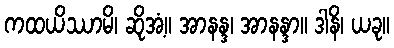
ကထယိဿာမိ၊ ဆိုအံ့။ အာနန္ဒ၊ အာနန္ဒာ။ ဒါနိ၊ ယခု။